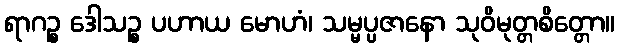
ရာဂဉ္စ ဒေါသဉ္စ ပဟာယ မောဟံ၊ သမ္မပ္ပဇာနော သုဝိမုတ္တစိတ္တော။